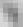
福